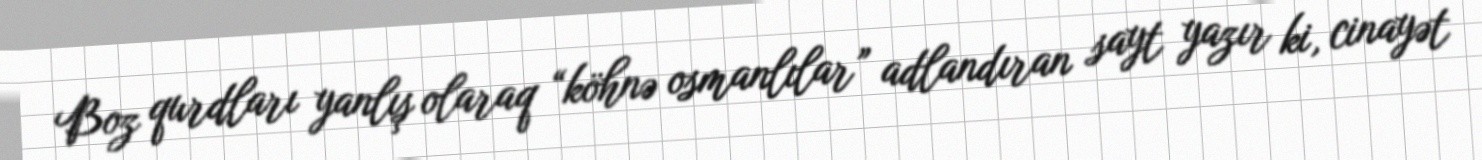
Boz qurdları yanlış olaraq “köhnə osmanlılar” adlandıran sayt yazır ki, cinayət